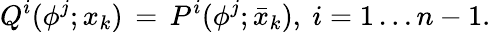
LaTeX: Q^{i}(\phi^{j};x_{k})\, =\, P^{i}(\phi^{j};\bar{x}_{k}),\ i=1\dots n-1.